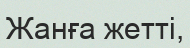
Жанға жетті,